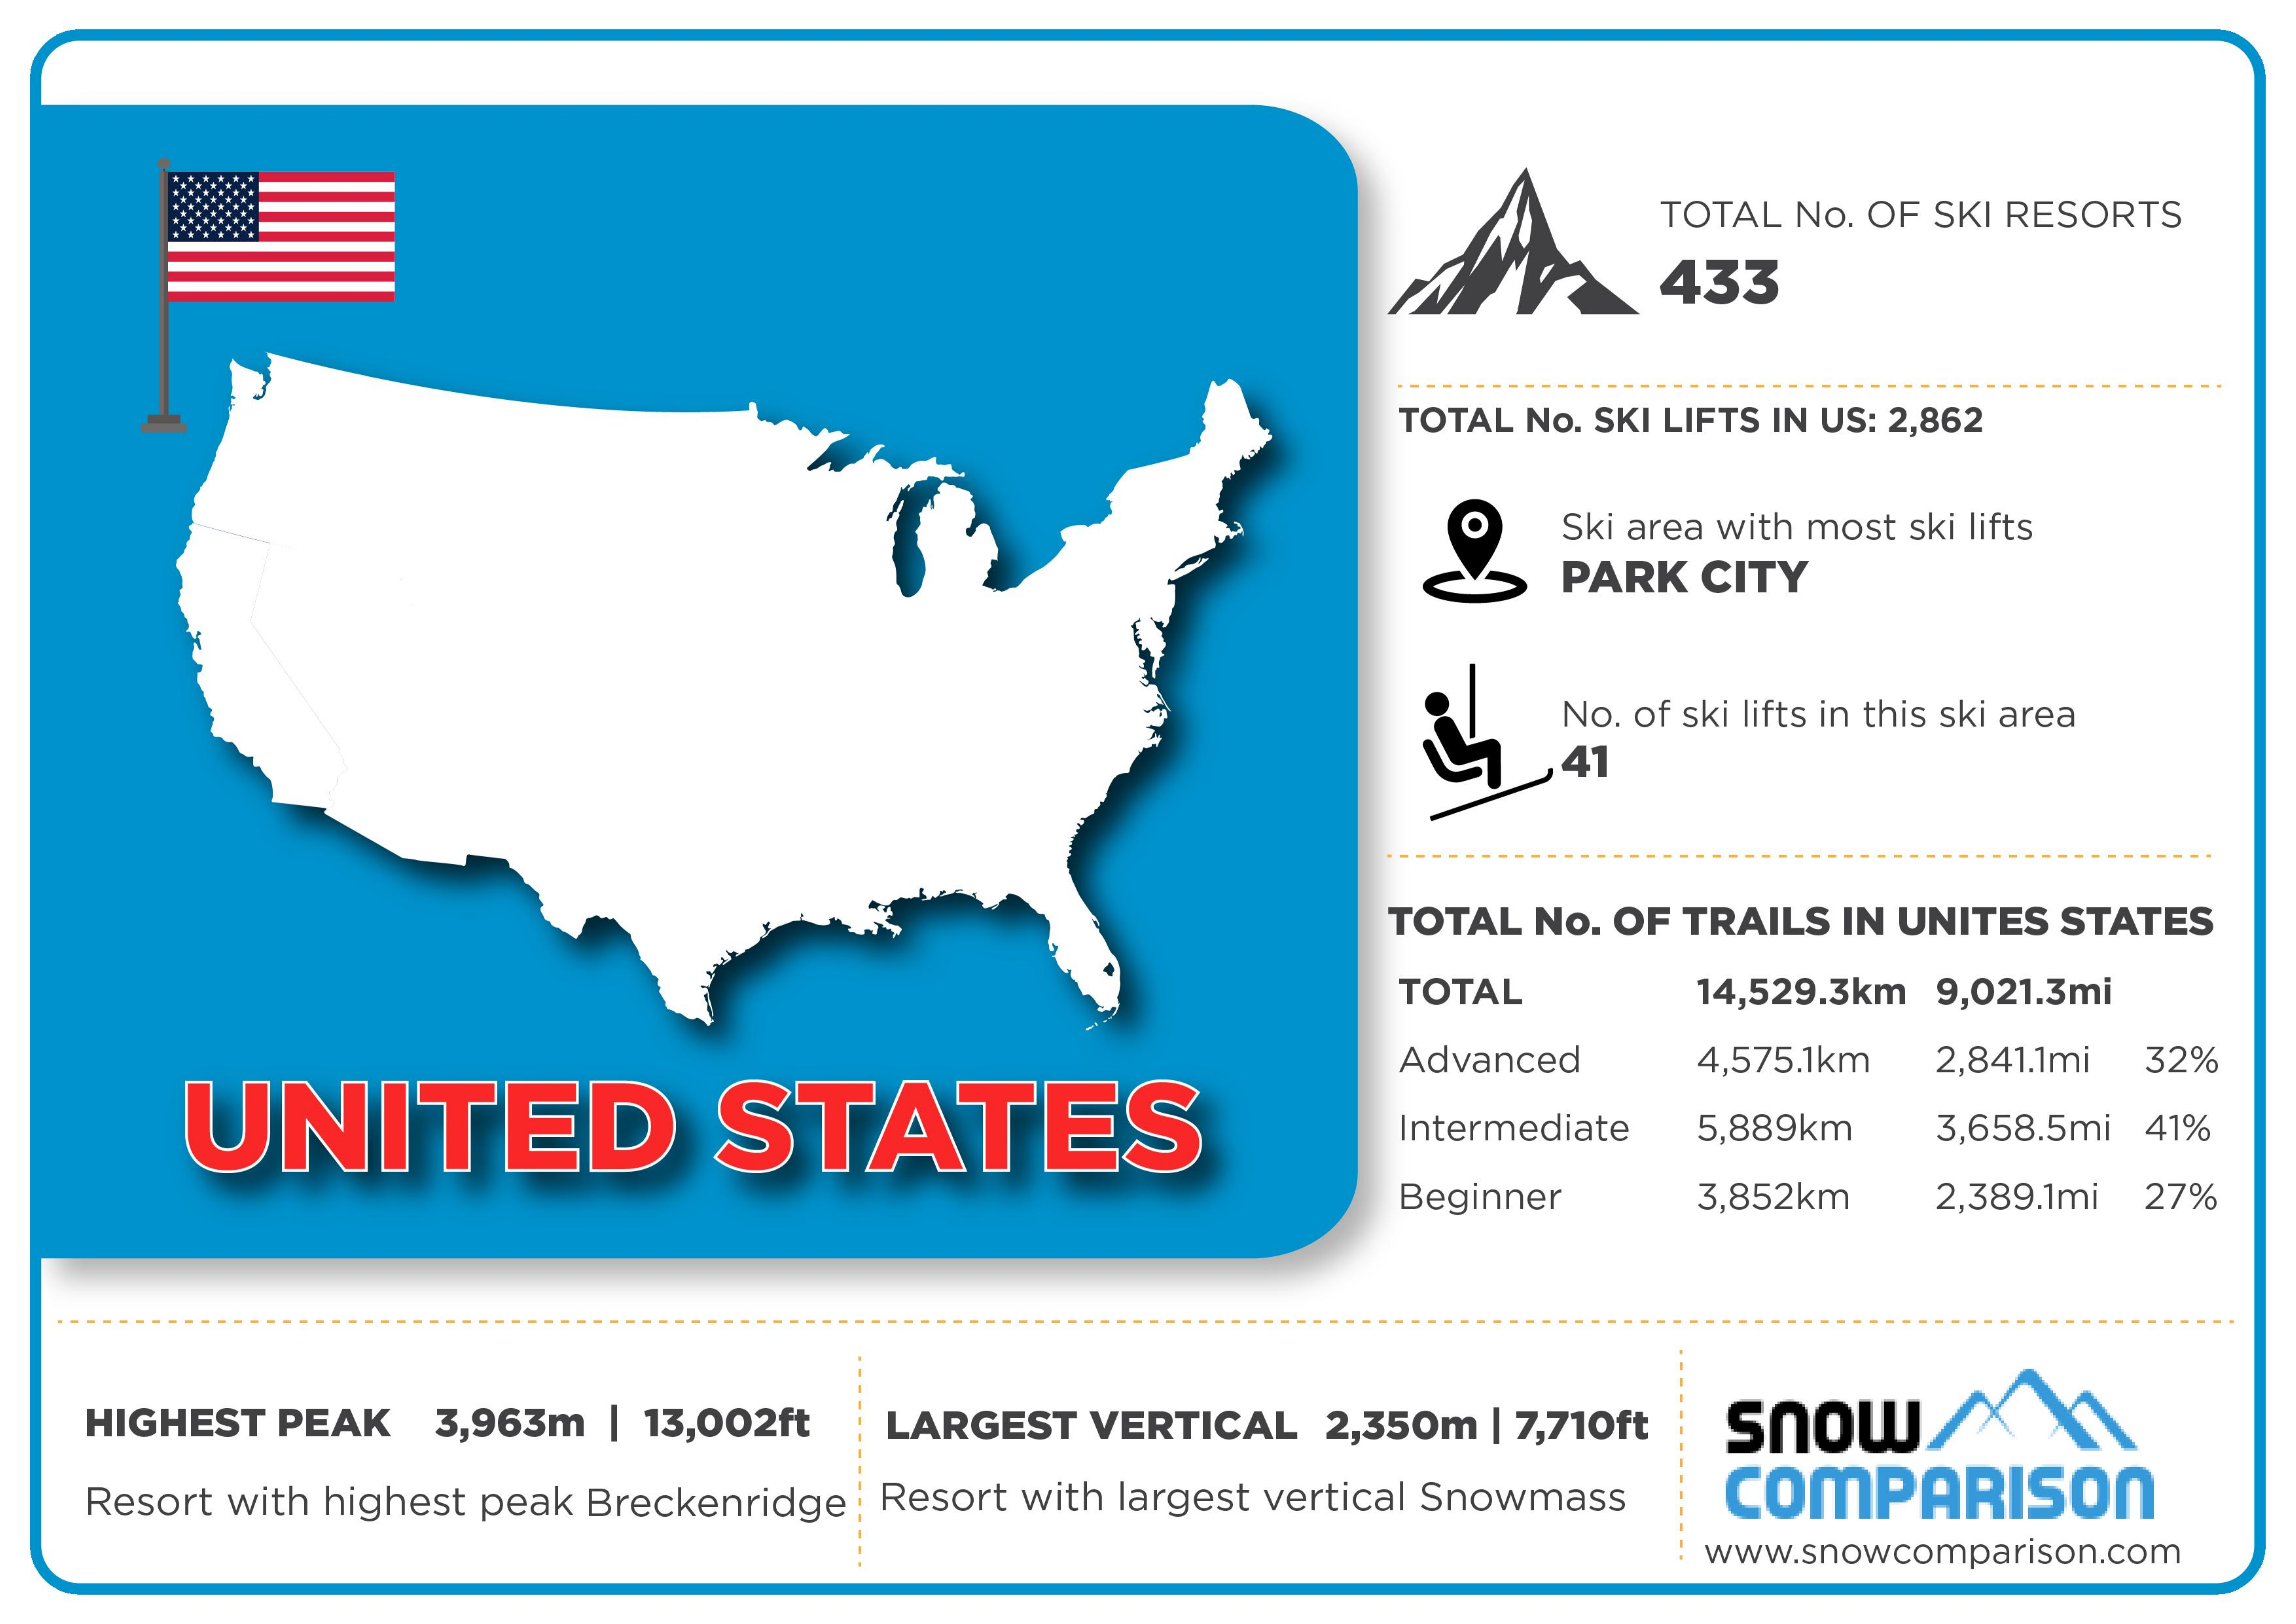
TOTAL No. OF SKI RESORTS
     433
     TOTAL No. SKI LIFTS IN US: 2,862
     Ski area with most ski lifts
     PARK CITY
     No. of ski lifts in this ski area
     41
     TOTAL No. OF TRAILS IN UNITES STATES
     TOTAL    14,529.3km 9,021.3mi
     UNITED    STATES
     Advanced   4,575.1km 2,841.1mi 32%
     Intermediate 5,889km 3,658.5mi 41%
     Beginner   3,852km  2,389.1mi 27%
    HIGHEST PEAK 3,963m | 13,002ft LARGEST VERTICAL 2,350m | 7,710ft Snow XX
    Resort with highest peak Breckenridge : Resort with largest vertical Snowmass COMPARISON
     www.snowcomparison.com